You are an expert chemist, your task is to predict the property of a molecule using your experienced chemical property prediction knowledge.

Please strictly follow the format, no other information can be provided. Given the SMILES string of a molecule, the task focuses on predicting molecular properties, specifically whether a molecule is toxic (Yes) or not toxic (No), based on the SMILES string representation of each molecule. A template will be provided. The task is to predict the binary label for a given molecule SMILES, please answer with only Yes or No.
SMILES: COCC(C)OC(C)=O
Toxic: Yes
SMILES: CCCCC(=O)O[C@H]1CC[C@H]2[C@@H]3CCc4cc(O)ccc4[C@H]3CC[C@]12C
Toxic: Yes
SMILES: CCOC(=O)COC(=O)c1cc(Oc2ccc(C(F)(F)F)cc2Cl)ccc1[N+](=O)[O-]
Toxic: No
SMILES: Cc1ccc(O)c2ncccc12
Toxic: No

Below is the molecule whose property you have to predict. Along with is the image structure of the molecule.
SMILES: CCCCCCCCCCCCCCCCCC[N+](C)(C)Cc1ccccc1
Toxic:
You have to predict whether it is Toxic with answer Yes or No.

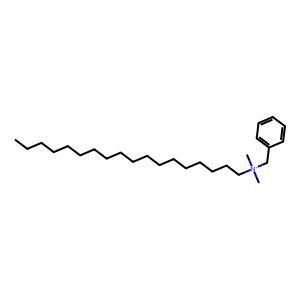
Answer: No